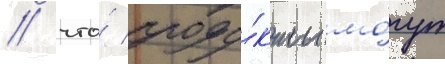
/ что́ проду́кты мо́гут